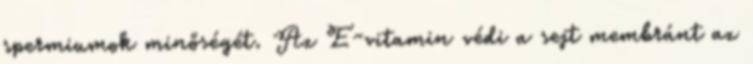
spermiumok minőségét. Az E-vitamin védi a sejt membránt az